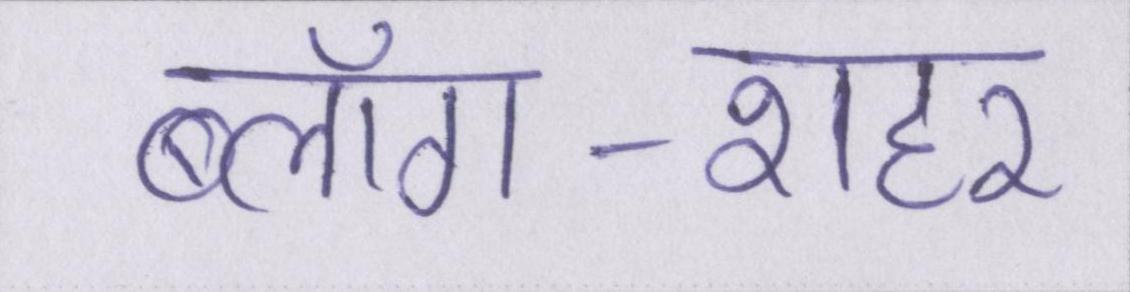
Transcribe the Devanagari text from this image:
ब्लॉग-शहर